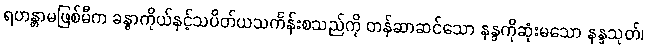
ရဟန္တာမဖြစ်မီက ခန္ဓာကိုယ်နှင့်သပိတ်ယသင်္ကန်းစသည်ကို တန်ဆာဆင်သော နန္ဒကိုဆုံးမသော နန္ဒသုတ်၊